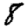
Digit: 8